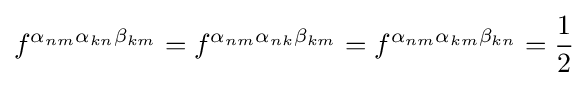
f^{\alpha _{nm}\alpha _{kn}\beta _{km}}=f^{\alpha _{nm}\alpha _{nk}\beta _{km}}=f^{\alpha _{nm}\alpha _{km}\beta _{kn}}={\frac {1}{2}}